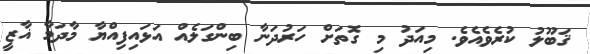
ޤަބޫލު ކުރެވެއެވެ. މިއަދު މި ގޮތަށް ހަރުދަނާ ބިންގަލެއް އަޅައިފިއްޔާ މާދަމާ ޣާޒީ